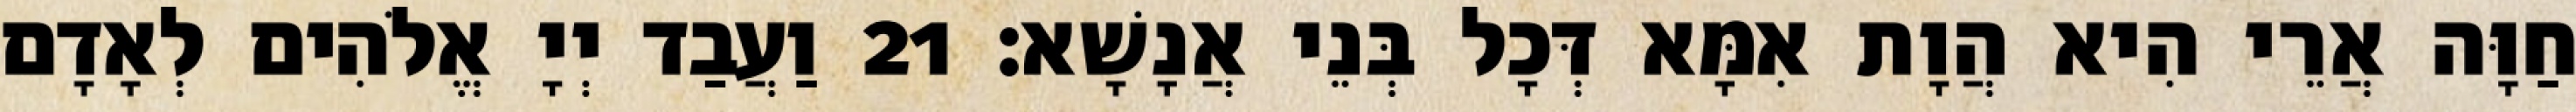
חַוָּה אֲרֵי הִיא הֲוָת אִמָּא דְּכָל בְּנֵי אֲנָשָׁא׃ 21 וַעֲבַד יְיָ אֱלֹהִים לְאָדָם